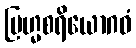
ဗြဟ္မစရိယောဂဓံ